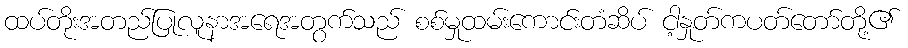
ထပ်တိုးအတည်ပြုလူနာအရေအတွက်သည် စစ်မှုထမ်းကောင်းတံဆိပ် ငါ့နှုတ်ကပတ်တော်တို့၏